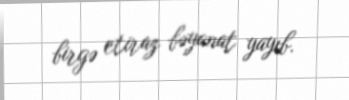
birgə etiraz bəyanat yayıb.